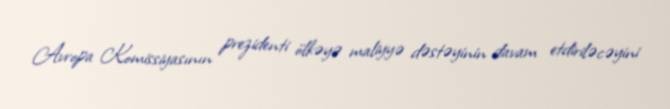
Avropa Komissiyasının prezidenti ölkəyə maliyyə dəstəyinin davam etdiriləcəyini